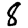
Digit: 8